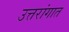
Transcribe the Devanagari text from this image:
उत्तरांगात